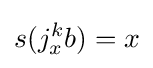
s(j_{x}^{k}b)=x